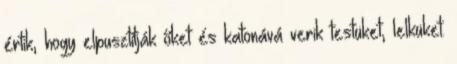
értik, hogy elpusztítják őket és katonává verik testüket, lelküket.